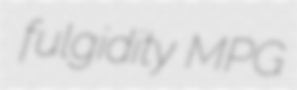
fulgidity MPG